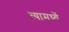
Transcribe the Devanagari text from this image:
त्यामध्यें